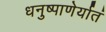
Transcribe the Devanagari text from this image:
धनुष्पाणेर्यातं